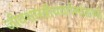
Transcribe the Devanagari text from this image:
जीवशास्त्रीयवर्गमांडणी